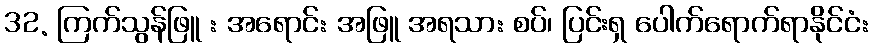
32. ကြက်သွန်ဖြူ : အရောင်: အဖြူ အရသာ: စပ်၊ ပြင်းရှ ပေါက်ရောက်ရာနိုင်ငံ: